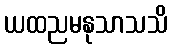
ယထညမနုသာသသိ